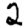
Digit: 2